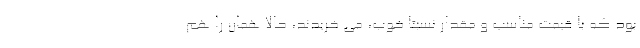
بود که با قیمت مناسب و مقدار نسبتا خوب، می خریدند، حالا همان را هم